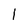
Character: 1